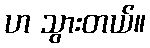
ဟ သွားတယ်။